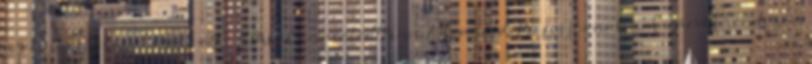
nyelvű kezelési kézikönyv, BMW ConnectedDrive Advanced, Professional navigációs rendszer,